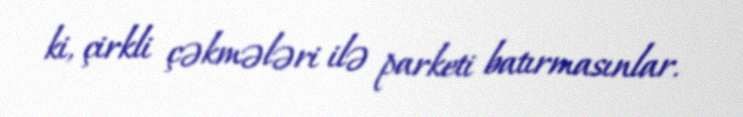
ki, çirkli çəkmələri ilə parketi batırmasınlar.